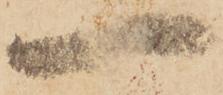
一